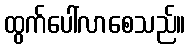
ထွက်ပေါ်လာစေသည်။